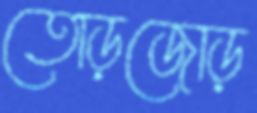
তোড়জোড়